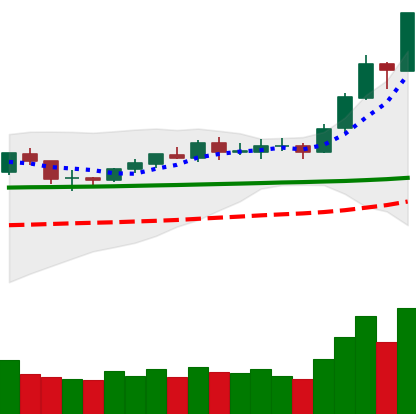
Ticker: BNB-USD
Chart end date: 2020-02-09
Forward return: 8.18%
Label: up_7plus